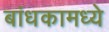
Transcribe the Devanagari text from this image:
बांधकामध्ये